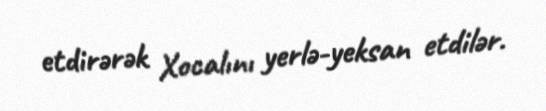
etdirərək Xocalını yerlə-yeksan etdilər.